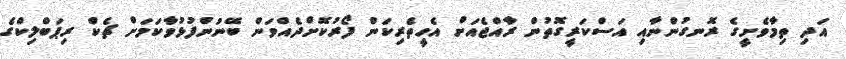
އަދި ތިމާވެށީގެ ރޮނގުންނާއި އަސްކަރީގޮތުން ރާއްޖެއަށް އެހީތެރިކަން ފޯރުކޮށްދެއްވަން ބޭނުންފުޅުވާކަމަށް ޗެކް ރިޕަބްލިކްގެ